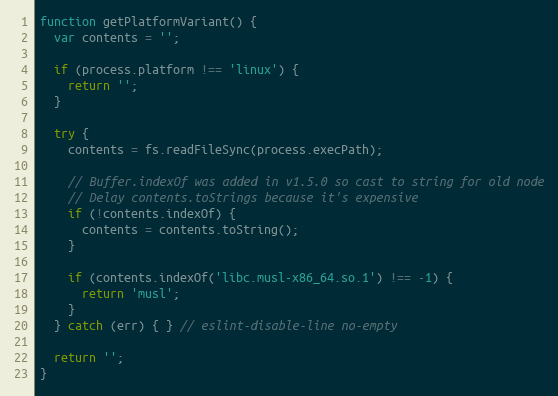
Language: JavaScript
function getPlatformVariant() {
  var contents = '';

  if (process.platform !== 'linux') {
    return '';
  }

  try {
    contents = fs.readFileSync(process.execPath);

    // Buffer.indexOf was added in v1.5.0 so cast to string for old node
    // Delay contents.toStrings because it's expensive
    if (!contents.indexOf) {
      contents = contents.toString();
    }

    if (contents.indexOf('libc.musl-x86_64.so.1') !== -1) {
      return 'musl';
    }
  } catch (err) { } // eslint-disable-line no-empty

  return '';
}